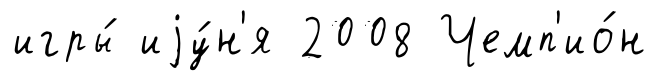
игры́ иjу́н'я 2008 Чемп'ио́н